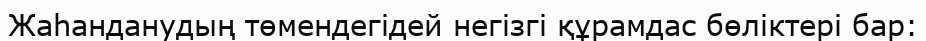
Жаһанданудың төмендегідей негізгі құрамдас бөліктері бар: